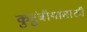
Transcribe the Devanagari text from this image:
कुटुंबीयांसाठी